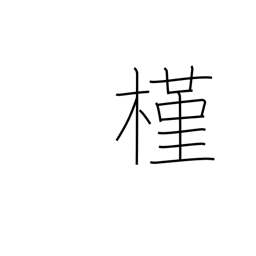
Meaning: rose of Sharon